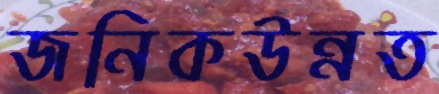
জনিকউন্নত